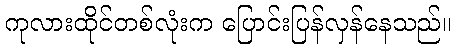
ကုလားထိုင်တစ်လုံးက ပြောင်းပြန်လှန်နေသည်။